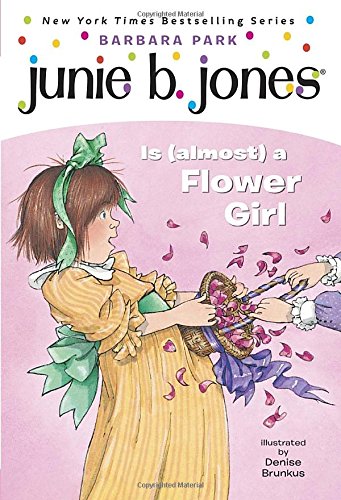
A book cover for Junie B. Jones Is (almost) a Flower Girl (Junie B. Jones, No. 13); Barbara Park; Children's Books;